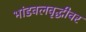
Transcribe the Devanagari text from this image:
भांडवलवृद्धीवर